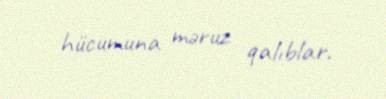
hücumuna məruz qalıblar.